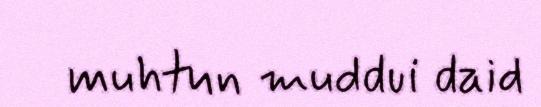
muhtun muddui daid